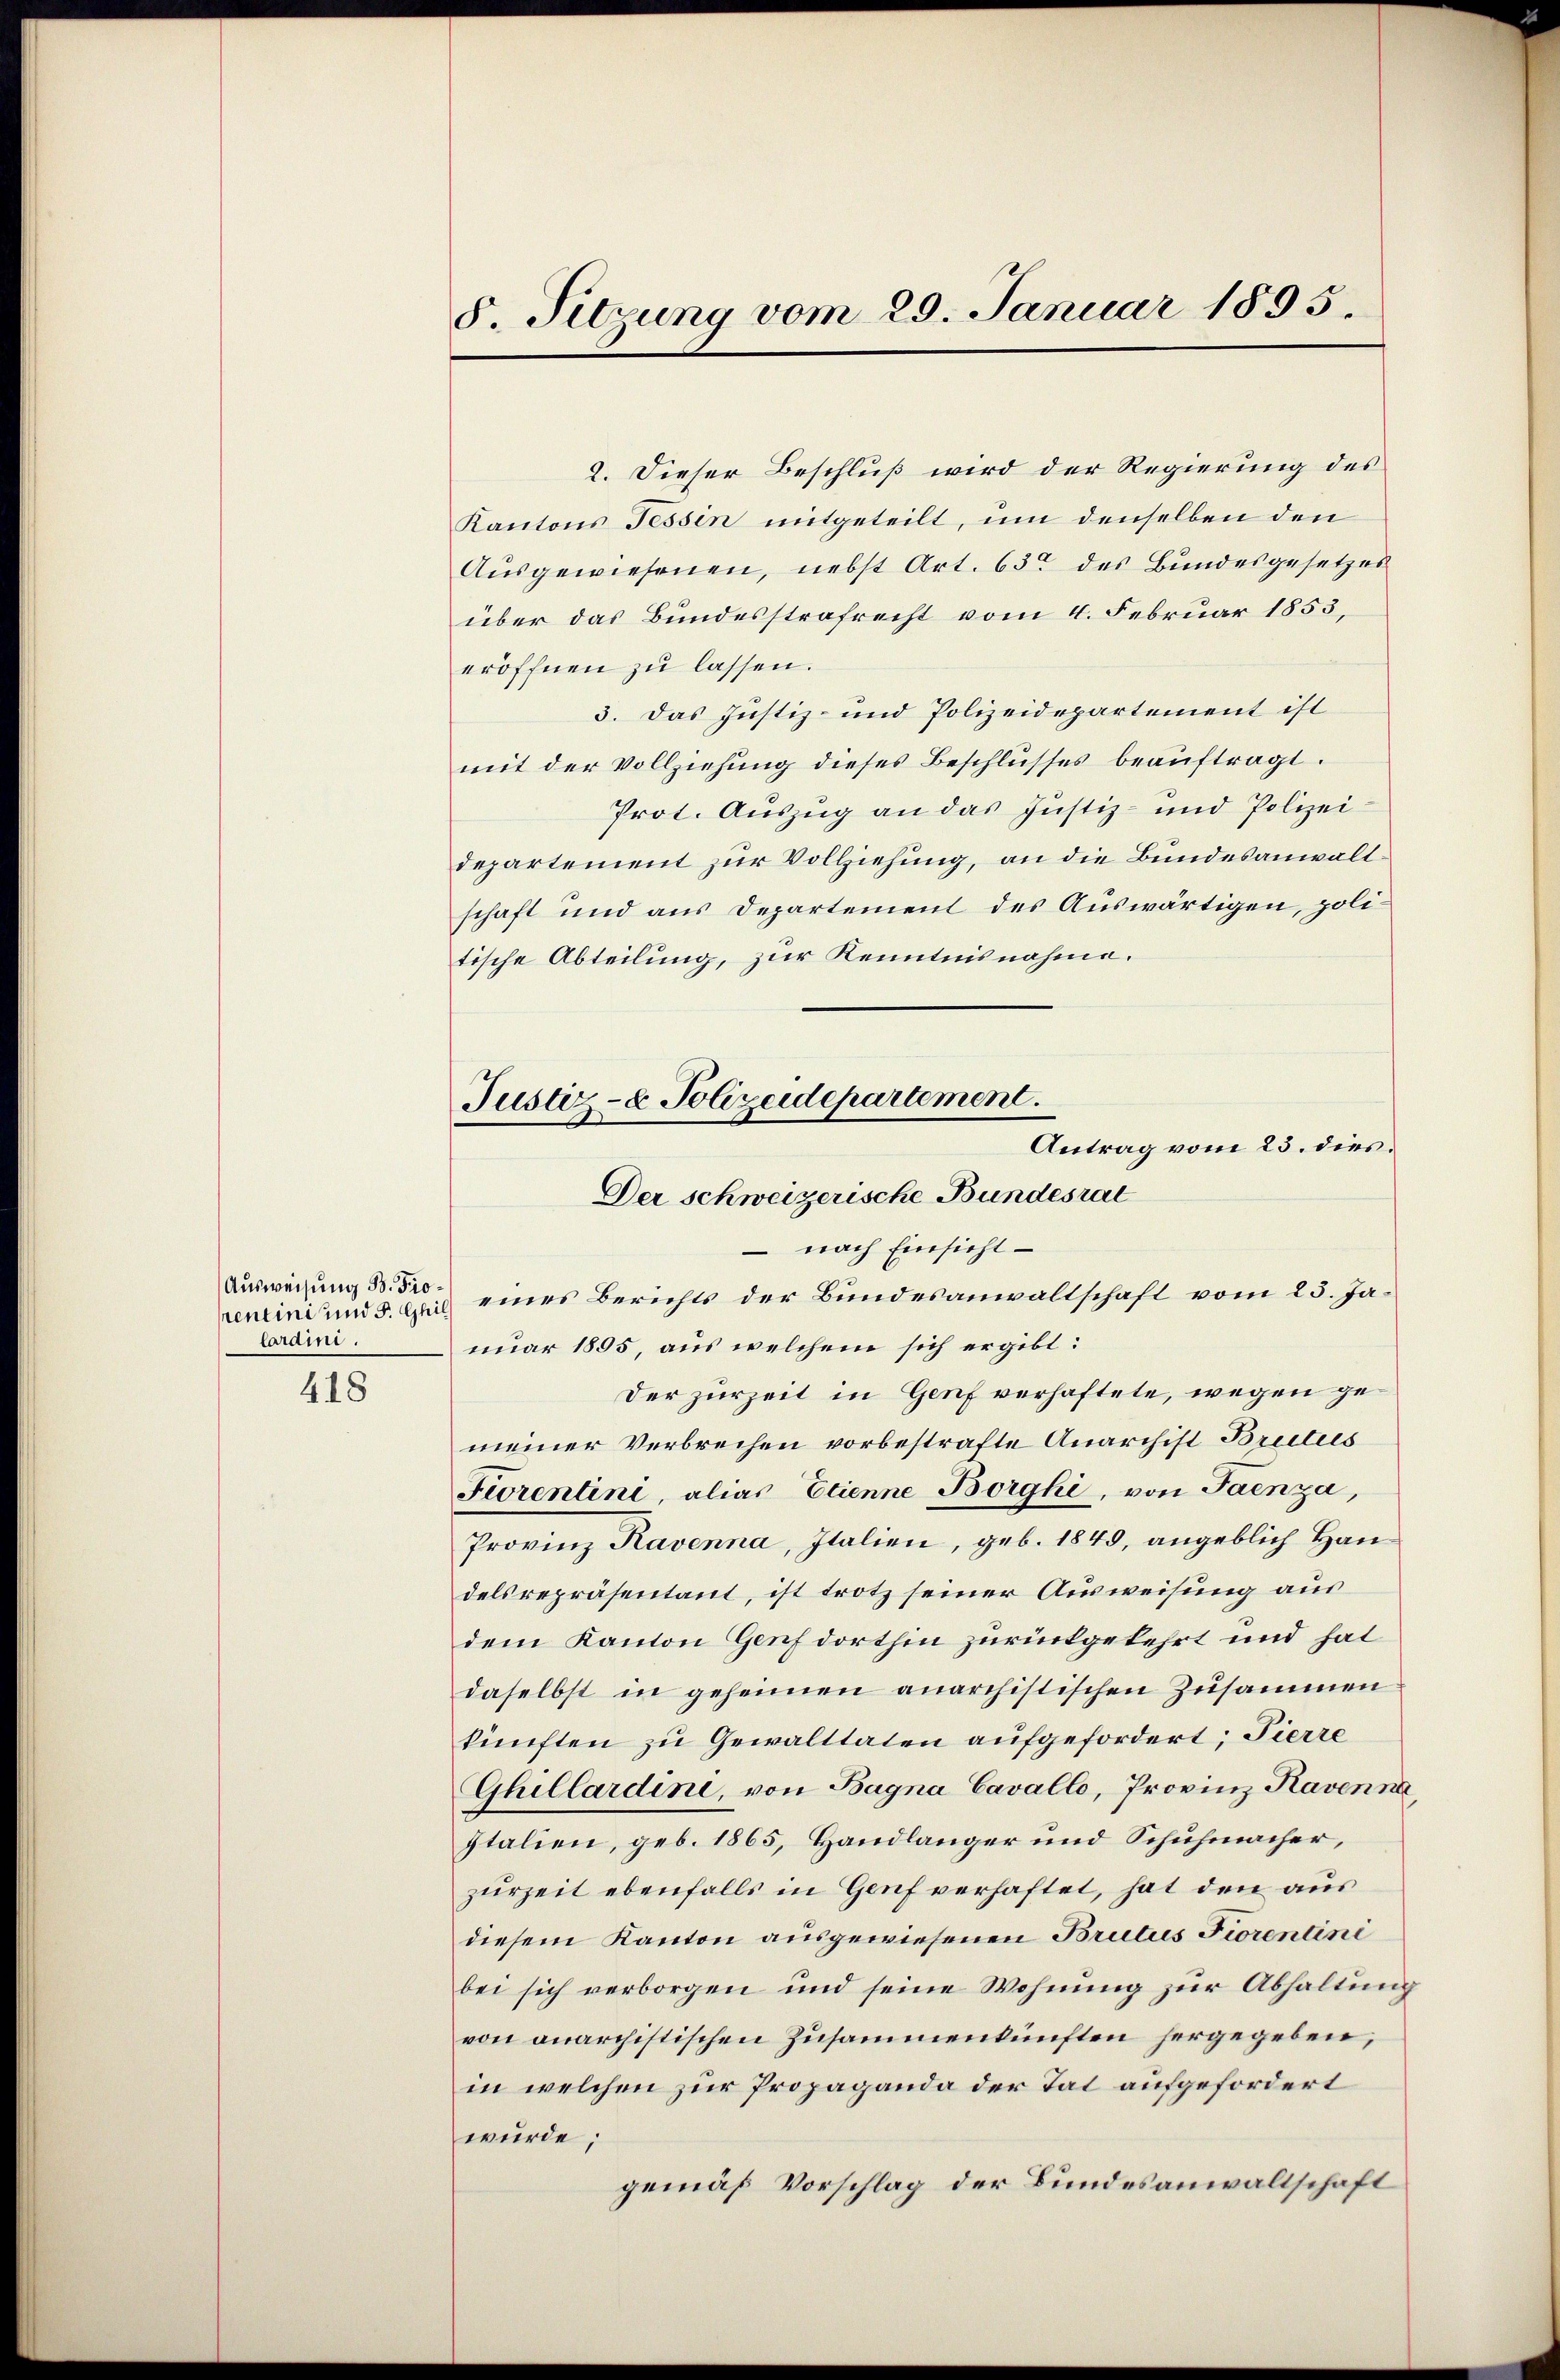
Ausweisung B. Prorentini und S. Ghil
laraini.

418

8. Sitzung vom 20. Januar 1895.

2. Dieser Beschluß wird der Regierung des
Kantons Tessin mitgeteilt, um denselben den
Ausgewiesenen, nebst Art. 63 des Bundesgesetzes
über das Bundesstrafrecht vom 4. Februar 1853,
eröffnen zu lassen.
3. Das Justiz- und Polizeidepartement ist
mit der Vollziehung dieses Beschlusses beauftragt.
Prot. Auszug an das Justiz- und Polizei-
departement zur Vollziehung, an die Bundesanwaltschaft und aus Departement des Auswärtigen, politische Abteilung, zur Kenntnisnahme.
Justiz- & Polizeidepartement.
Antrag vom 23. dies.
Der schweizerische Bundesrat

- nach Einsicht

eines Berichts der Bundesanwaltschaft vom 25. Januar 1895, aus welchem sich ergibt:
Der zurzeit in Genf verhaftete, wegen gemeiner Verbrechen vorbestrafte Anarchift Brutus
Fiorentini, alias Etienne Borghi, von Jaenza,
Provinz Ravenna, Italien, geb. 1849, angeblich Handelsrepräsentant, ist trotz seiner Ausweisung aus
dem Kanton Genf dorthin zurückgekehrt und hat
daselbst in geheimen anarchistischen Zusammen
künften zu Gewalttäten aufgefordert; Tierre
Ghillardini, von Bagna Cavallo, Provinz Kavenna,
Italien, geb. 1865, Handlanger und Schuhmacher,
zurzeit ebenfalls in Genf verhaftet, hat den aus
diesem Kanton ausgewiesenen Brutus Fiorentine
bei sich verborgen und seine Wohnung zur Abhaltung
von onarchistischen Zusammenkünften hergegeben,
in welchen zur Propaganda der Tat aufgefordert
wurde;
gemäß Vorschlag der Bundesanwaltschaft